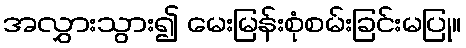
အလွှားသွား၍ မေးမြန်းစုံစမ်းခြင်းမပြု။